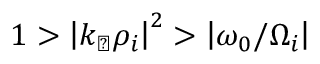
1 > \left| k _ { \perp } \rho _ { i } \right| ^ { 2 } > \left| \omega _ { 0 } / \Omega _ { i } \right|